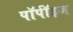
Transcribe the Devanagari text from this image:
पॉर्पॉइज